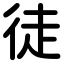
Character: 徒